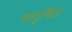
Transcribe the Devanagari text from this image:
सगुचित